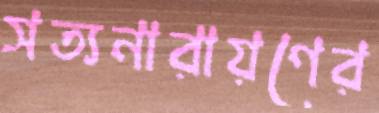
সত্যনারায়ণের